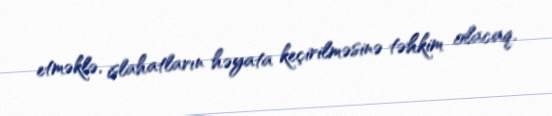
etməklə, islahatların həyata keçirilməsinə təhkim olacaq.